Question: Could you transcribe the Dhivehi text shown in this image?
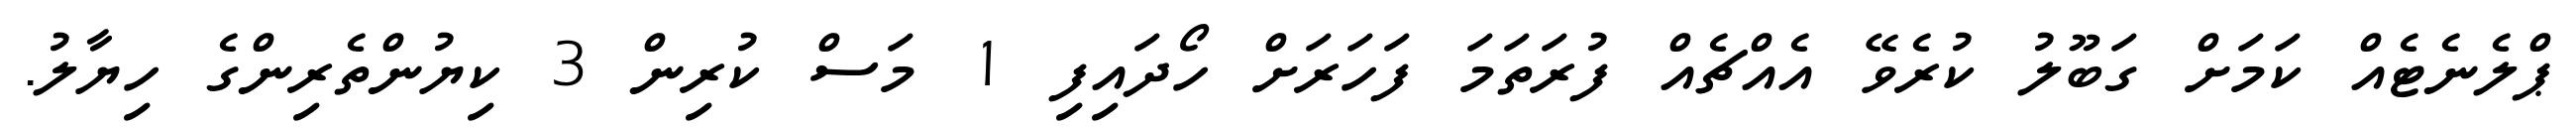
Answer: ޕްލެނެޓެއް ކަމަށް ގަބޫލު ކުރެވޭ އެއްޗެއް ފުރަތަމަ ފަހަރަށް ހޯދައިފި 1 މަސް ކުރިން 3 ކިޔުންތެރިންގެ ހިޔާލު.